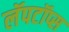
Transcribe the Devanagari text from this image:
लॅपटॉप्स